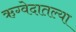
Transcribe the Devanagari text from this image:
ऋग्वेदातल्या